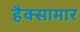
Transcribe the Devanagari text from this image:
हैक्सामार